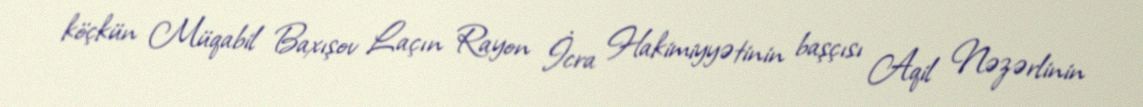
köçkün Müqabil Baxışov Laçın Rayon İcra Hakimiyyətinin başçısı Aqil Nəzərlinin